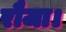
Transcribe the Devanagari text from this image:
रौजा।